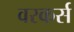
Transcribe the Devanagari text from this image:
वरकर्स